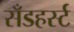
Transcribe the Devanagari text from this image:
सॅँडहर्स्ट